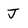
Character: J